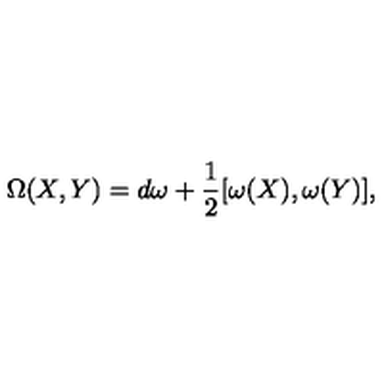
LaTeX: \Omega ( X , Y ) = d \omega + \frac { 1 } { 2 } [ \omega ( X ) , \omega ( Y ) ] ,